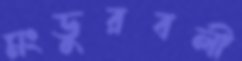
মংডুরবলী